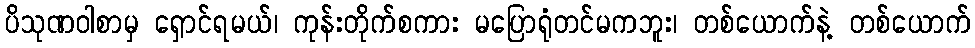
ပိသုဏဝါစာမှ ရှောင်ရမယ်၊ ကုန်းတိုက်စကား မပြောရုံတင်မကဘူး၊ တစ်ယောက်နဲ့ တစ်ယောက်